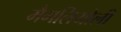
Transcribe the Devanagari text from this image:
मैगलियोली